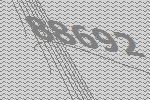
88692